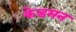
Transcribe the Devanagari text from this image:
केडमन